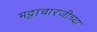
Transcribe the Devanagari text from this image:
भट्टाचारजीच्या